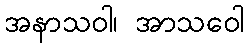
အနာသဝါ၊ အာသဝေါ